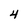
Character: 4